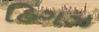
હિગઝ